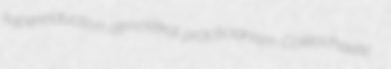
superinduction atmosteal practicianism Coleochaete